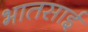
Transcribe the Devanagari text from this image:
भातसाई